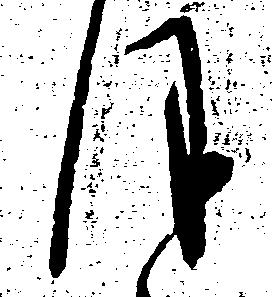
ほ